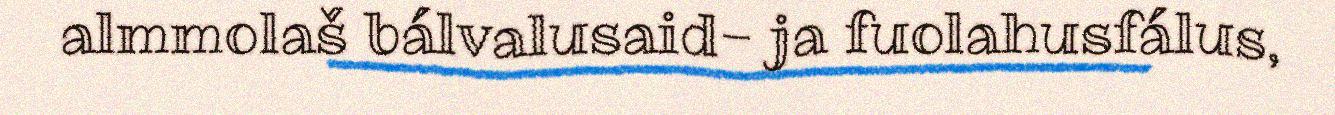
almmolaš bálvalusaid- ja fuolahusfálus,